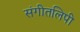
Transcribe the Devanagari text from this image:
संगीतलिपी